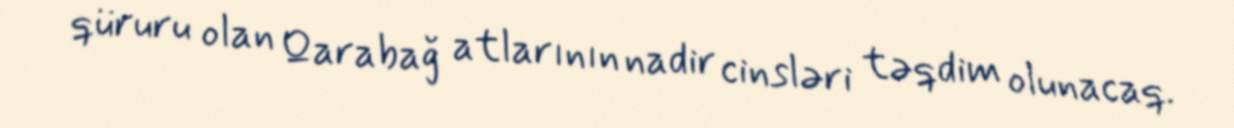
qüruru olan Qarabağ atlarının nadir cinsləri təqdim olunacaq.